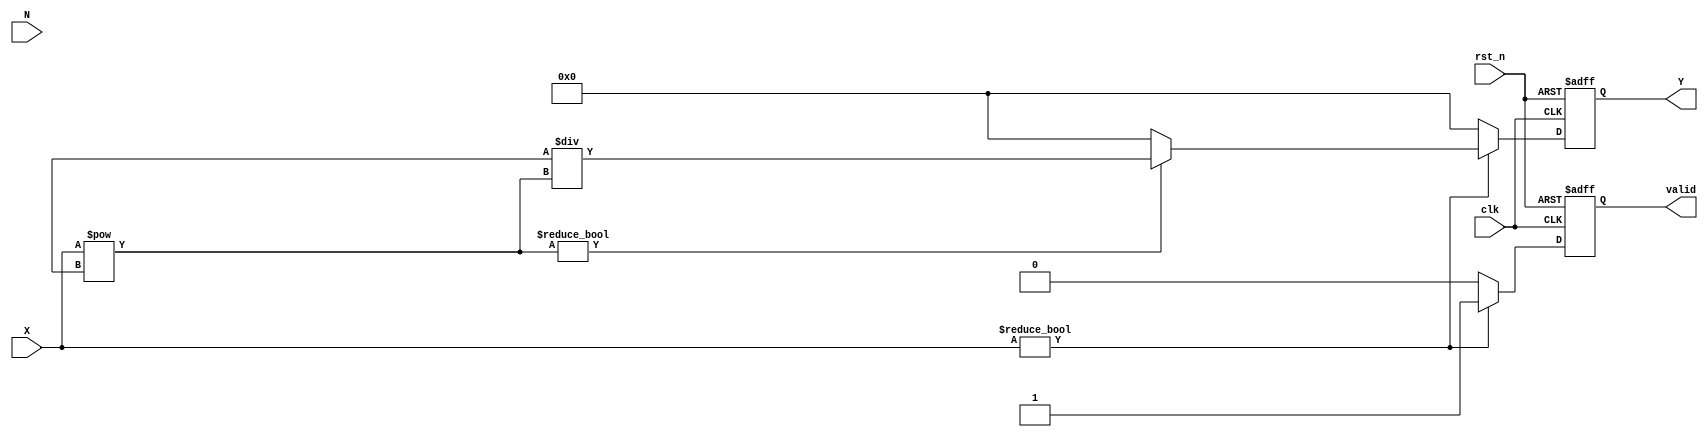
module FractionalOrderReciprocalArithmeticBlock #(
    parameter DATA_WIDTH = 32,   // Width of input and output data
    parameter FRACTIONAL_ORDER_WIDTH = 16 // Width of fractional order representation (p/q)
)(
    input wire clk,
    input wire rst_n,
    input wire [DATA_WIDTH-1:0] X,         // Input value (e.g., fixed-point)
    input wire [FRACTIONAL_ORDER_WIDTH-1:0] N, // Fractional order p/q represented as a fixed-point
    output reg [DATA_WIDTH-1:0] Y,         // Output reciprocal result
    output reg valid                        // Output valid signal
);

// Internal signals
wire [DATA_WIDTH-1:0] exponentiated_result; // Result of X^(p/q)
wire [DATA_WIDTH-1:0] reciprocal_result;     // Reciprocal of exponentiated_result

// Exponentiation Unit - Placeholder Implementation (e.g., using CORDIC, logarithm)
function [DATA_WIDTH-1:0] exponentiate;
    input [DATA_WIDTH-1:0] base;
    input [FRACTIONAL_ORDER_WIDTH-1:0] exp;
    begin
        // Basic exponentiation (need actual implementation)
        // Replace with actual computation, e.g., CORDIC or Taylor series
        exponentiate = base ** (exp >>> 16); // Right shift for fractional
    end
endfunction

// Reciprocal Unit - Simple implementation
function [DATA_WIDTH-1:0] reciprocal;
    input [DATA_WIDTH-1:0] number;
    begin
        // Simple reciprocal calculation (need actual implementation)
        // This can be refined with Newton-Raphson or other methods for accuracy
        reciprocal = (number != 0) ? (1 << DATA_WIDTH) / number : {DATA_WIDTH{1'b0}}; // Handle division by zero
    end
endfunction

// Always block for the computation
always @(posedge clk or negedge rst_n) begin
    if (!rst_n) begin
        Y <= 0;
        valid <= 0;
    end else begin
        valid <= 0; // Default valid signal
        if (X != 0) begin
            // Calculate exponentiation
            exponentiated_result = exponentiate(X, N);
            // Calculate reciprocal
            Y = reciprocal(exponentiated_result);
            valid <= 1; // Set valid signal when computation is done
        end else begin
            Y <= {DATA_WIDTH{1'b0}}; // Output zero if input is zero
        end
    end
end

endmodule